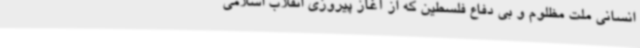
انسانی ملت مظلوم و بی دفاع فلسطین که از آغاز پیروزی انقلاب اسلامی